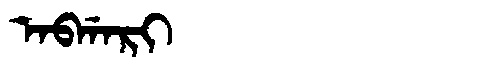
Manchu: ᠠᠪᡤᠠᡵᡳ
Romanization: ABGARI